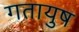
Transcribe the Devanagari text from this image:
गतायुष